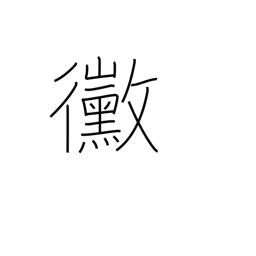
Meaning: mildew